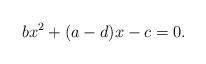
LaTeX: \begin{align*}bx^2+(a-d)x-c=0.\end{align*}